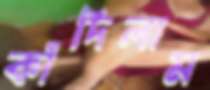
কাঁদিলাম